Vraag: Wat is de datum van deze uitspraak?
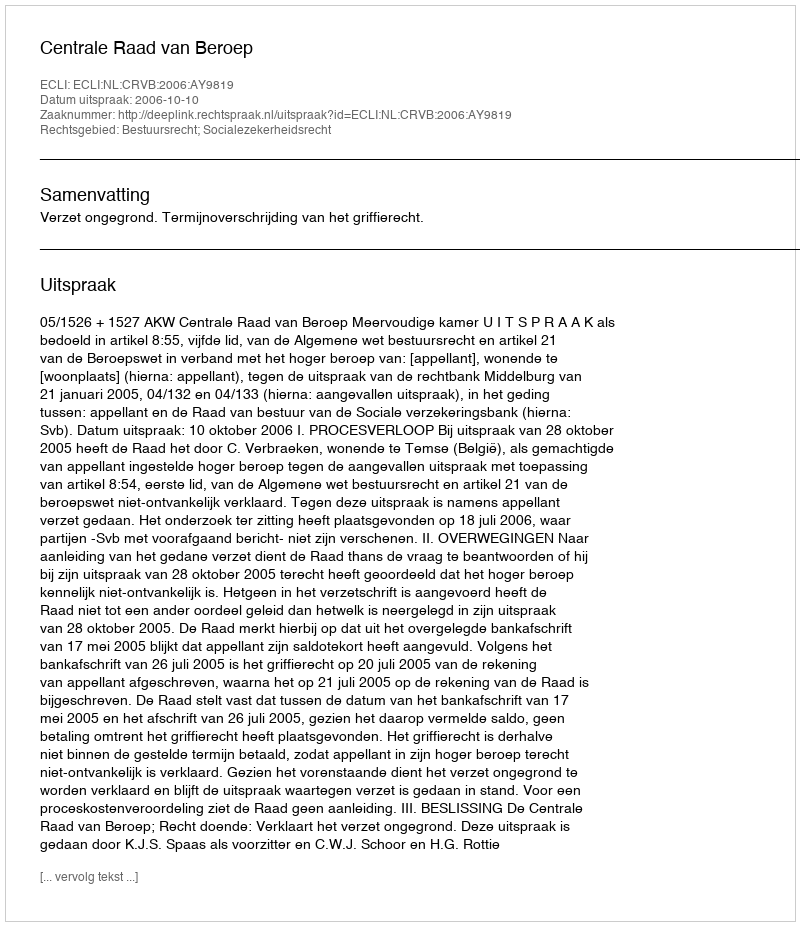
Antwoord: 2006-10-10